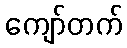
ကျော်တက်